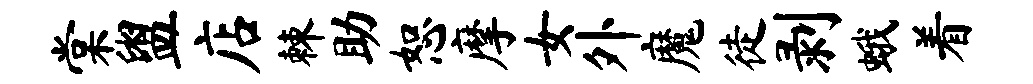
棠盥店棘助恕摩女外魔徒剥蛾着